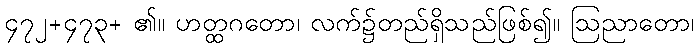
၄၇၂+၄၇၃+ ၏။ ဟတ္ထဂတော၊ လက်၌တည်ရှိသည်ဖြစ်၍။ ဩညာတော၊